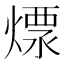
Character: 𤍭